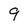
Character: 9